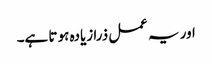
اور یہ عمل ذرا زیادہ ہو تا ہے۔